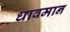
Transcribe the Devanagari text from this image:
धावमान